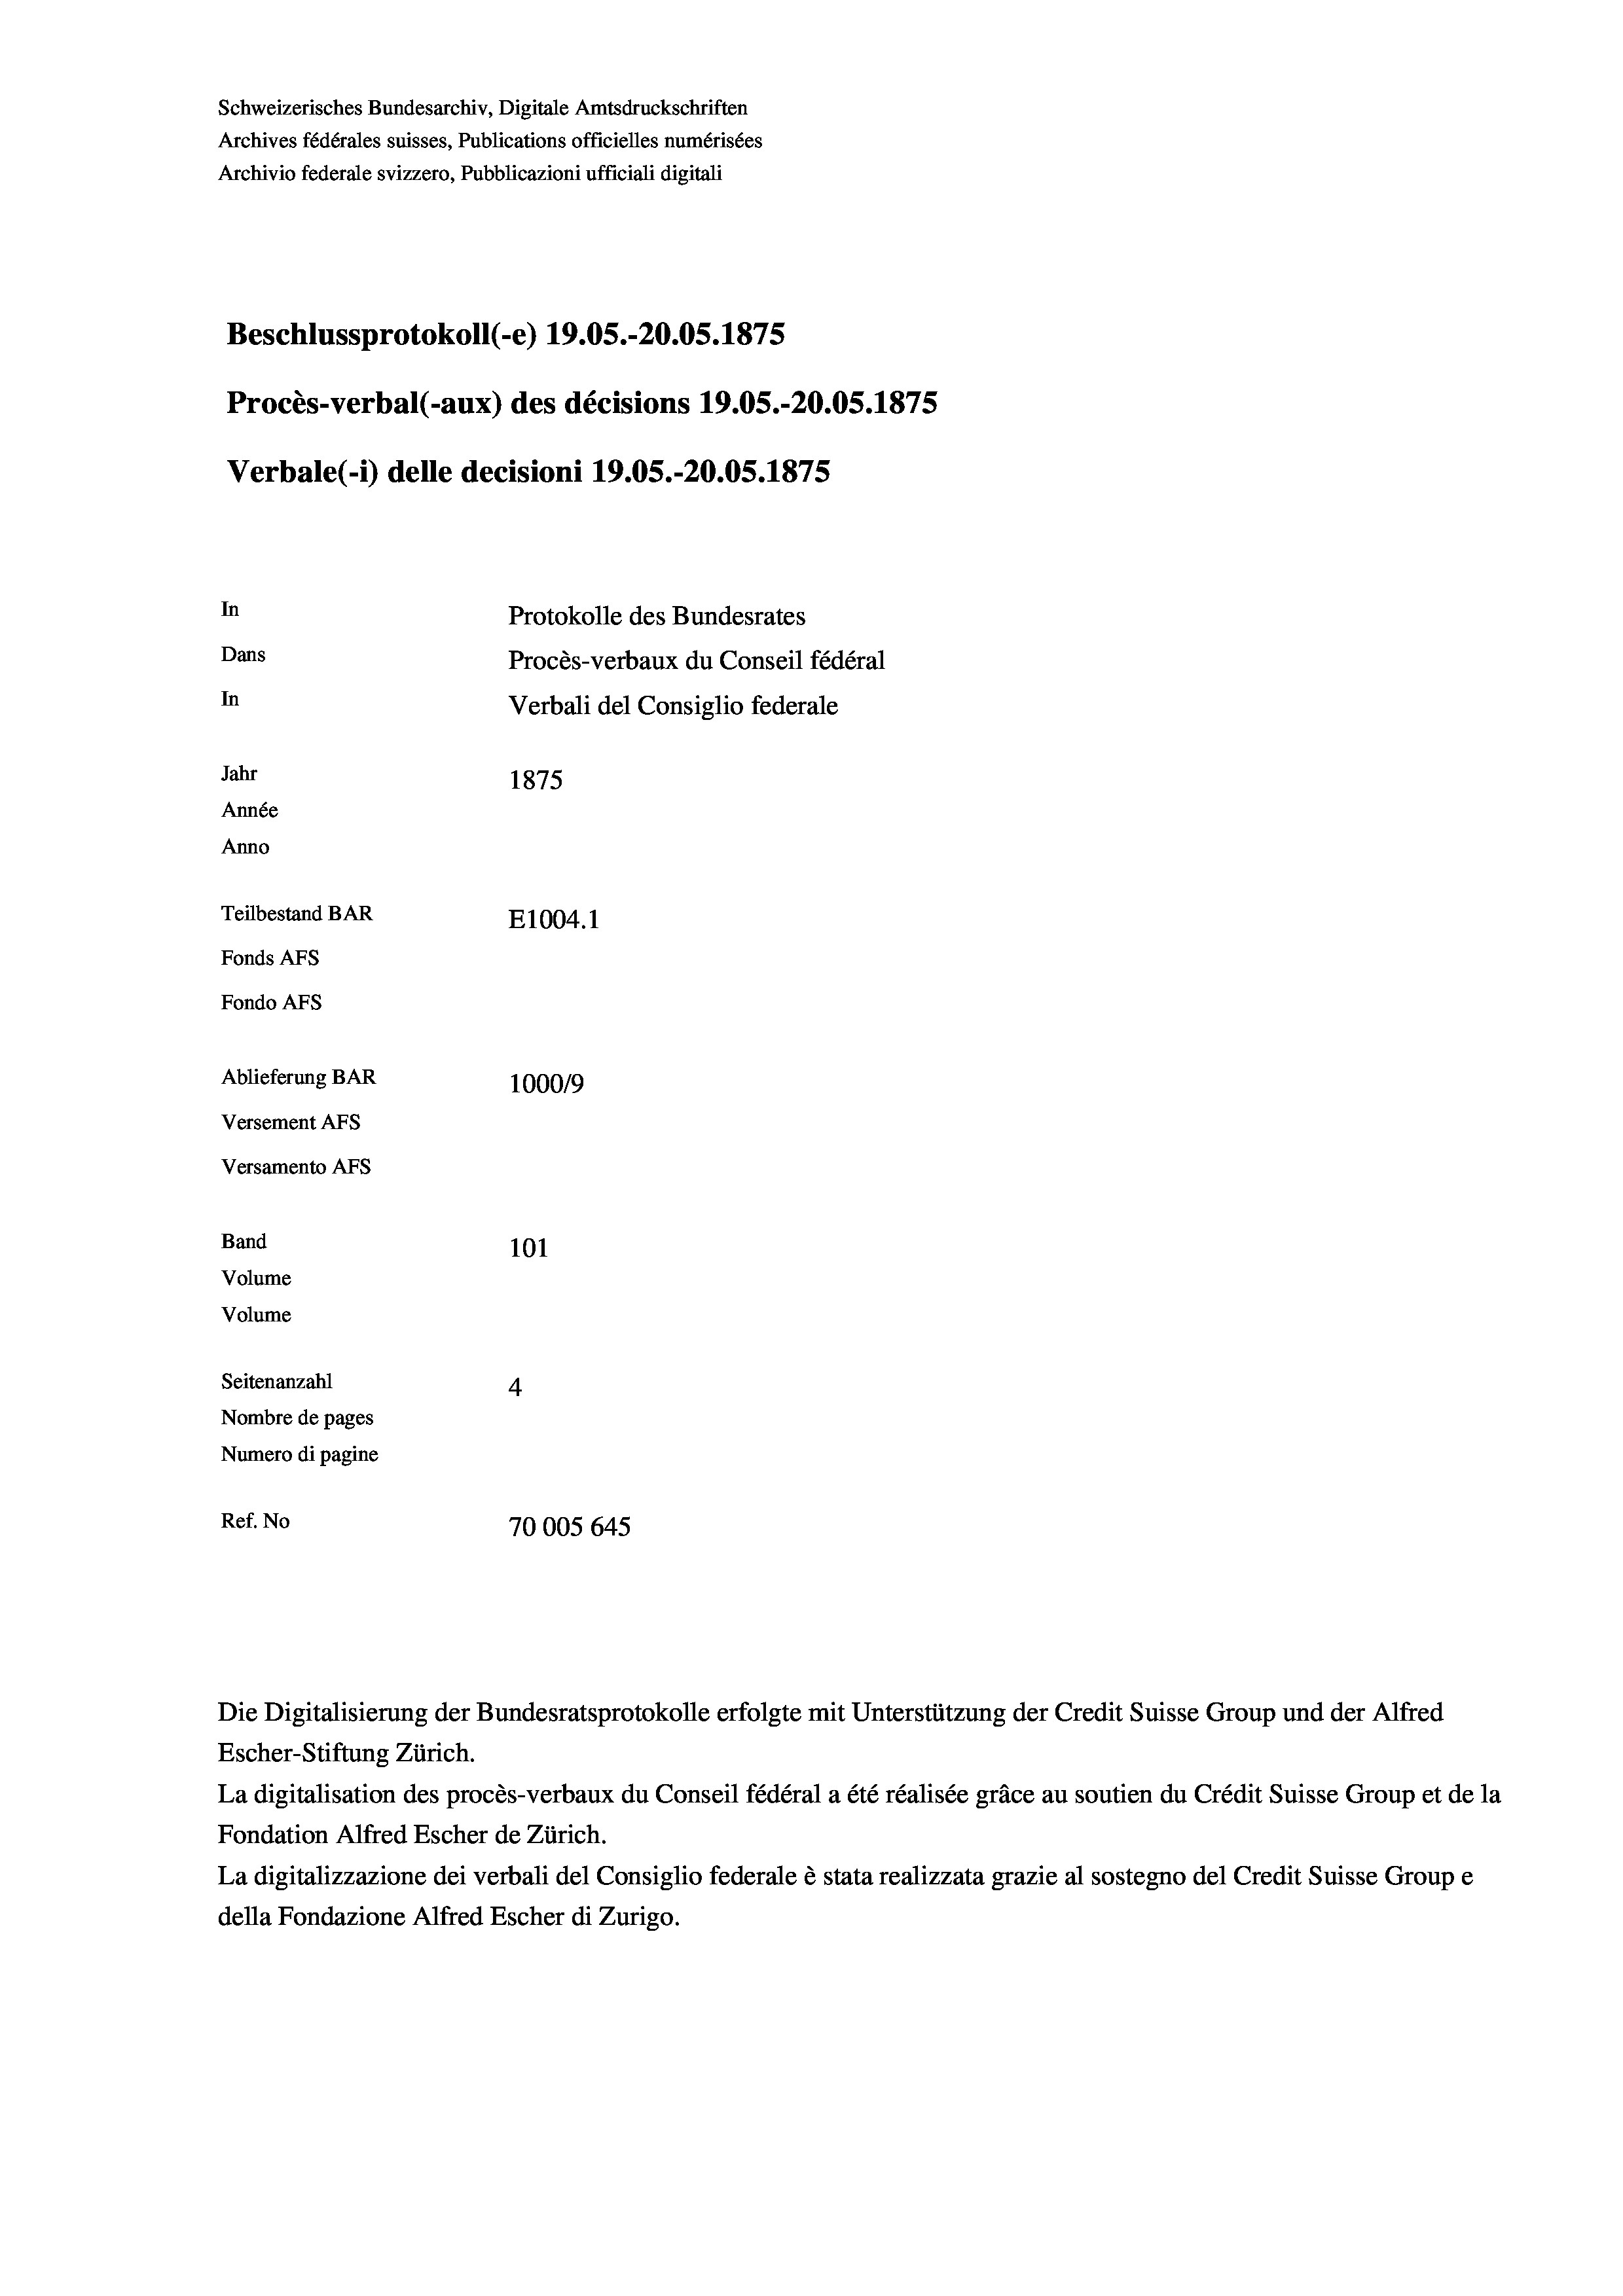
Schweizerisches Bundesarchiv, Digitale Amtsdruckschriften
Archives fédérales suisses, Publications officielles numérisées
Archivio federale svizzero, Pubblicazioni ufficiali digitali
Beschlussprotokoll (-e) 19.05.-20.05. 1875
Procès-verbal (-aux) des décisions 19.05.-20.05. 1875
Verbale(1) delle decisioni 19.05.-20.05. 1875
In
Protokolle des Bundesrates
Dans
Procès-verbaux du Conseil fédéral
In
Verbali del Consiglio federale
Jahr
1875
Année
Anno
Teilbestand BAR
E1004.1
Fonds AFs
Fondo Afs
Ablieferung BAR
100019
Versement AFs
Versamento Afs
Band
101
Volume

Volume

Seitenanzahl
4
Nombre de pages
Numero di pagine
Ref. No
70005 645

Die Digitalisierung der Bundesratsprotokolle erfolgte mit Unterstützung der Credit Suisse Group und der Alfred
Escher-Stiftung Zürich.
La digitalisation des procès-verbaux du Conseil fédéral a été réalisée gräce au soutien du Crédit Suisse Group et de la
Fondation Alfred Escher de Zürich.
La digitalizzazione dei verbali del Consiglio federale è stata realizzata grazie al sostegno del Credit Suisse Groupe
della Fondazione Alfred Escher di Zurigo.